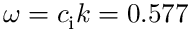
\omega = c _ { \mathrm { i } } k = 0 . 5 7 7